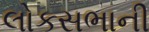
લોકસભાની